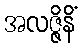
အလဇ္ဇိနိံ